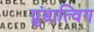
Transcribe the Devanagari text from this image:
ग्रुंडात्विग